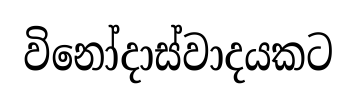
විනෝදාස්වාදයකට